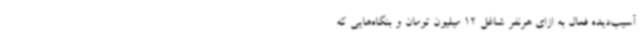
آسیب‌دیده فعال به ازای هرنفر شاغل 12 میلیون تومان و بنگاه‌هایی که